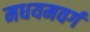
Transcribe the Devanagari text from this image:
मधयमवर्ग